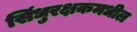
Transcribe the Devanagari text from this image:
सिंधुरक्षकमधील